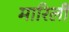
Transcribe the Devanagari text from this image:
मारिली